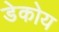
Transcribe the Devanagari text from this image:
डेकोय